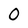
Character: 0